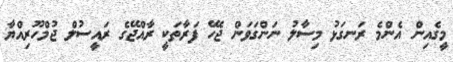
މީގެއިން އެންމެ ރަނގަޅު މިސާލު ނަންގަވަން ޖެހޭ ފަރާތަކީ ރާއްޖޭގެ ރައީސުލް ޖުމްހޫރިއްޔާ